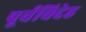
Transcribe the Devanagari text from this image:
पूर्वविदेह